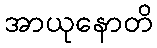
အာယုနောတိ